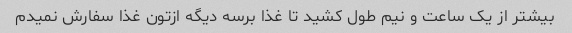
بیشتر از یک ساعت و نیم طول کشید تا غذا برسه دیگه ازتون غذا سفارش نمیدم